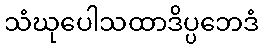
သံဃုပေါသထာဒိပ္ပဘေဒံ